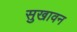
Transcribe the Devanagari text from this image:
सुखावन